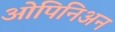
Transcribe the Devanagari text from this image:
ओपिनिअन